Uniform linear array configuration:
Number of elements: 24
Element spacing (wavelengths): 1
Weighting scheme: uniform
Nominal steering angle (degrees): -30
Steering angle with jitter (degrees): -30.883
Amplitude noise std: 0.05
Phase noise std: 0.05

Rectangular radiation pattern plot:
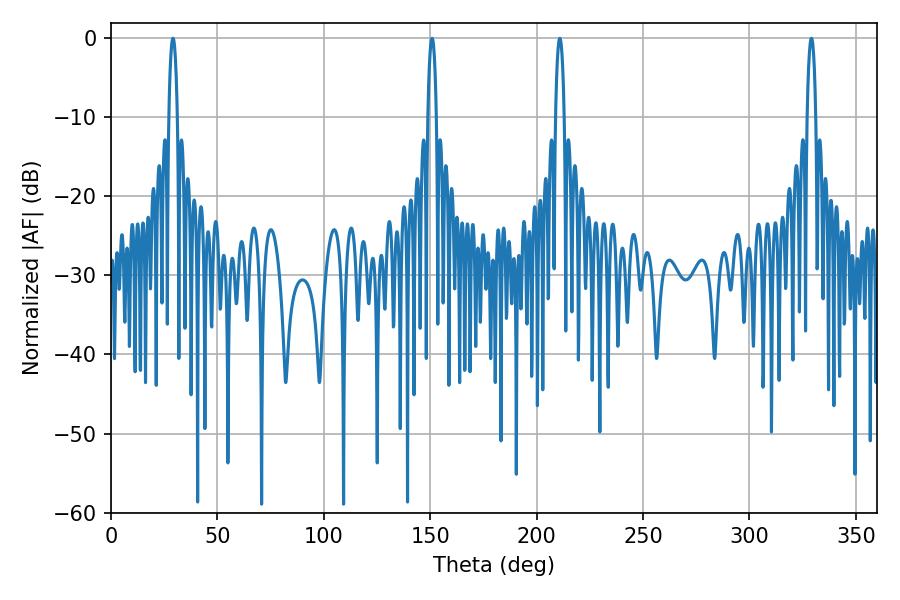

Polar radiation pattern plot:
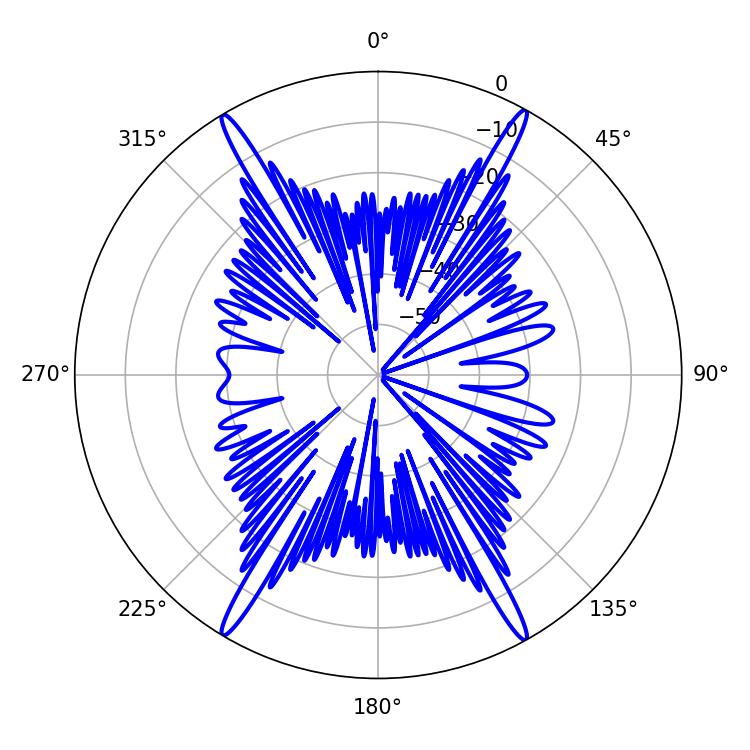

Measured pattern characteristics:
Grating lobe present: TRUE
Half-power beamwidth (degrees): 2.16
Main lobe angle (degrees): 29.16